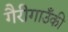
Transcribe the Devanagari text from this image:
गैरीगाउँकी